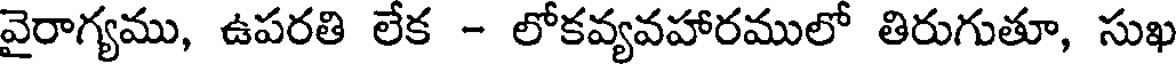
వైరాగ్యము, ఉపరతి లేక - లోకవ్యవహారములో తిరుగుతూ, సుఖ